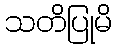
သတိပြုမိ